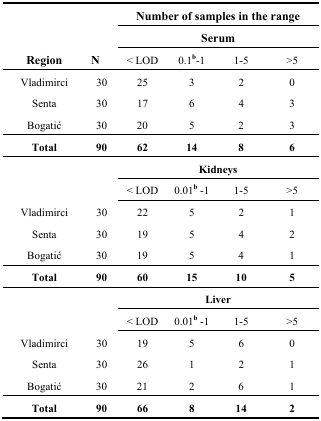
| <ROWSPAN=3> Region | <ROWSPAN=3> N | <COLSPAN=4> Number of samples in the range |
 | <COLSPAN=4> Serum |
 | < LOD | 0.1b-1 | 1–5 | >5 |
 | --- | --- | --- | --- | --- | --- |
 | Vladimirci | 30 | 25 | 3 | 2 | 0 |
 | Senta | 30 | 17 | 6 | 4 | 3 |
 | Bogatić | 30 | 20 | 5 | 2 | 3 |
 | Total | 90 | 62 | 14 | 8 | 6 |
 | <ROWSPAN=2>  | <ROWSPAN=2>  | <COLSPAN=4> Kidneys |
 | < LOD | 0.01b–1 | 1–5 | >5 |
 | Vladimirci | 30 | 22 | 5 | 2 | 1 |
 | Senta | 30 | 19 | 5 | 4 | 2 |
 | Bogatić | 30 | 19 | 5 | 4 | 1 |
 | Total | 90 | 60 | 15 | 10 | 5 |
 | <ROWSPAN=2>  | <ROWSPAN=2>  | <COLSPAN=4> Liver |
 | < LOD | 0.01b–1 | 1–5 | >5 |
 | Vladimirci | 30 | 19 | 5 | 6 | 0 |
 | Senta | 30 | 26 | 1 | 2 | 1 |
 | Bogatić | 30 | 21 | 2 | 6 | 1 |
 | Total | 90 | 66 | 8 | 14 | 2 |